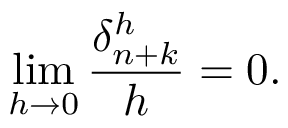
\operatorname* { l i m } _ { h \to 0 } { \frac { \delta _ { n + k } ^ { h } } { h } } = 0 .